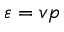
\varepsilon = v p